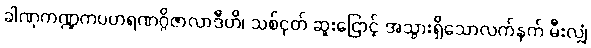
ခါဏုကဏ္ဍကပဟရဏဂ္ဂိဇာလာဒီဟိ၊ သစ်ငုတ် ဆူးငြောင့် အသွားရှိသောလက်နက် မီးလျှံ